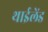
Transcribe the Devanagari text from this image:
थाईलेंड